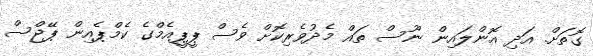
ގޮތަށް. އަދި އޮންލައިން ނޫސް ތައް މެދުވެރިކޮށް ވެސް ޕީޕީއެމްގެ ކެމްޕެއިން ޕޭޖްސް